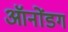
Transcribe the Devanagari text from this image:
ऑनोंडग